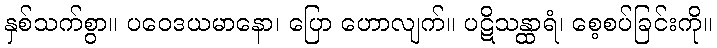
နှစ်သက်စွာ။ ပဝေဒယမာနော၊ ပြော ဟောလျက်။ ပဋိသန္ထာရံ၊ စေ့စပ်ခြင်းကို။